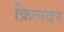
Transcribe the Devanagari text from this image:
क़िलदर